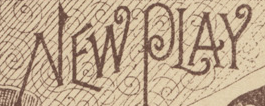
NEW PLAY